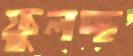
ফুলচ্ছ